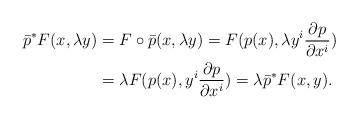
LaTeX: \begin{align*}\bar p^*F(x,\lambda y)&=F\circ \bar p(x,\lambda y)=F(p(x),\lambda y^i\frac{\partial p}{\partial x^i})\\&=\lambda F(p(x),y^i\frac{\partial p}{\partial x^i})=\lambda\bar p^*F(x,y).\end{align*}